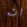
ان